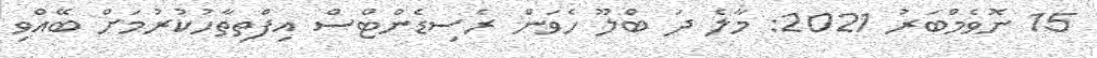
15 ނޮވެމްބަރު 2021: މާލެ ދަ ބްލޫ ހެވަން ރެސިޑެންޓްސް އިފްތިތާހުކުރުމަށް ބޭއްވި